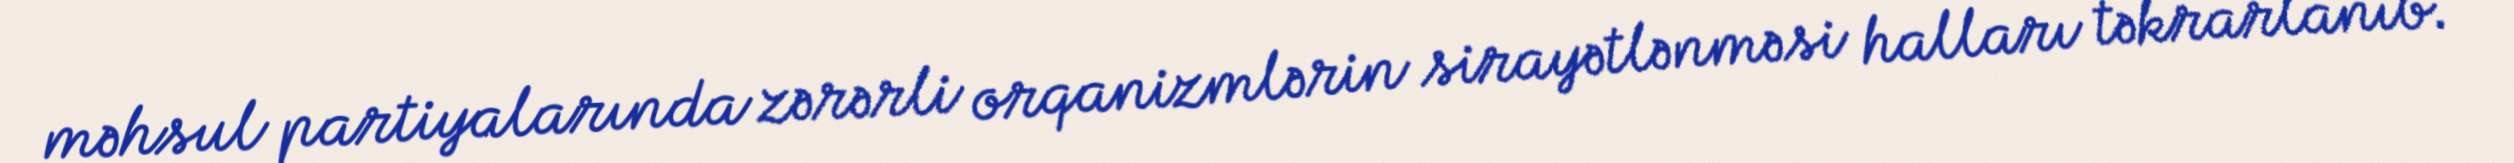
məhsul partiyalarında zərərli orqanizmlərin sirayətlənməsi halları təkrarlanıb.